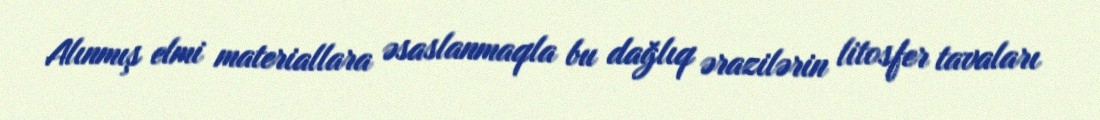
Alınmış elmi materiallara əsaslanmaqla bu dağlıq ərazilərin litosfer tavaları